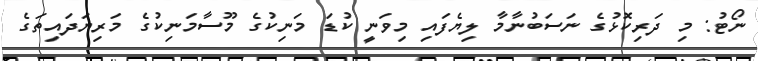
ނޯޓު: މި ދަރިކޮޅުގެ ނަސަބުނާމާ ލިޔެފައި މިވަނީ ކުޑަ މަނިކުގެ މޫސާމަނިިކުގެ މަރިޔަދައިތަގެ